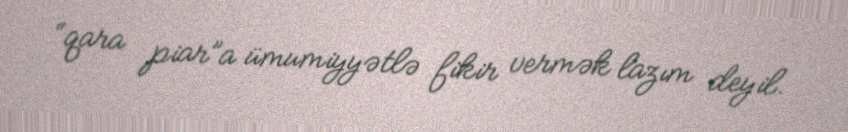
“qara piar”a ümumiyyətlə fikir vermək lazım deyil.